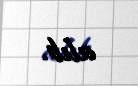
alıb.